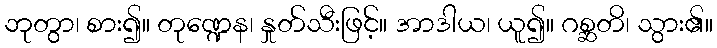
ဘုတွာ၊ စား၍။ တုဏ္ဍေန၊ နှုတ်သီးဖြင့်။ အာဒါယ၊ ယူ၍။ ဂစ္ဆတိ၊ သွား၏။